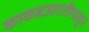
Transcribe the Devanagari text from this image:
काकडआरतीपासून